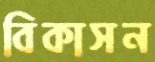
বিকাসন